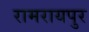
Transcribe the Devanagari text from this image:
रामरायपुर